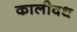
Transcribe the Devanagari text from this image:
कालीवध